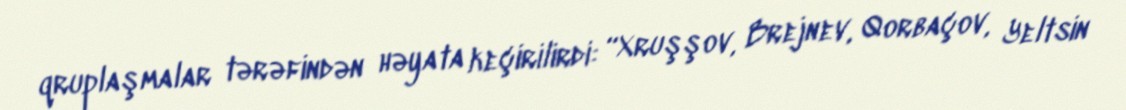
qruplaşmalar tərəfindən həyata keçirilirdi: “Xruşşov, Brejnev, Qorbaçov, Yeltsin